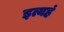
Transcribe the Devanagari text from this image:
इत्यहं